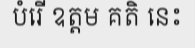
បំរើ ឧត្តម គតិ នេះ